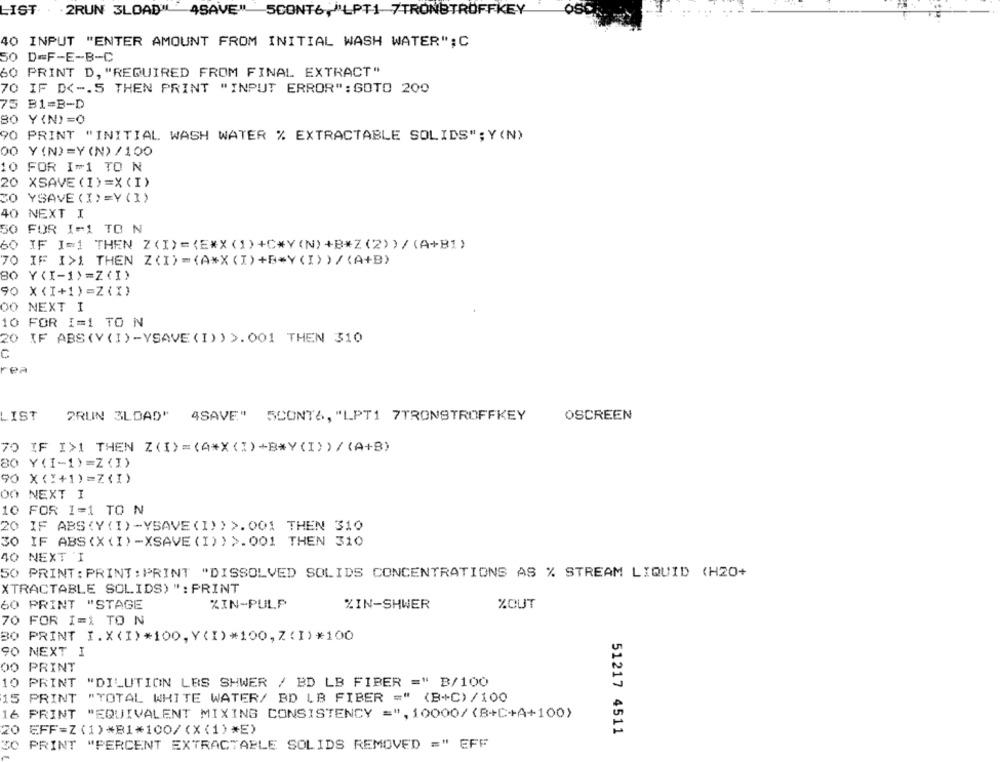
LIST . . 2RUN 3LOAD" 4SAVE" 5CONT6,"LPT1 7TRONBTROFFKEY
40 INPUT "ENTER AMOUNT FROM INITIAL WASH WATER";C
50 D=F-E-B-C
60 PRINT D, "REQUIRED FROM FINAL EXTRACT"
70 IF D <-. S THEN PRINT "INPUT ERROR": GOTO 200
75 B1=B-D
80 Y(N)=0
90 PRINT "INITIAL WASH WATER % EXTRACTABLE SOLIDS"; Y(N)
00 Y(N)=Y(N) /100
10 FOR I=1 TO N
20 XSAVE ( I)=X (I)
30 YSAVE ( I) =Y (I)
40 NEXT I
50 FOR I=1 TO N
60 IF I=1 THEN Z(I) =< E*X(1)+C*Y(N)+B*Z(2))/(A+B1)
70 IF I>1 THEN Z(I)=(A*X(I)+B=Y(I))/(A+B)
80 Y(I-1)=Z(I)
90 X (I+1)=Z (I)
00
NEXT I
10 FOR I=1 TO N
20 IF ABS(Y(I)-YSAVE(I))>.001 THEN 310
C
rea
LIST
2RUN 3LDAD" 4SAVE" 5CONTA, "LPT1 7TRONSTROFFKEY
OSCREEN
70 IF I>1 THEN Z ( I) = (4*X (I) +B*Y(I) ) / (A+B)
80 Y(I-1)=Z(I)
90 X("+1)=Z(I)
00 NEXT I
10 FOR I=1 TO N
20 IF ABS (Y (I)-YSAVE (I)>>.001 THEN 310
30 IF ABS(X (I)-XSAVE (I))>.001 THEN 310
40 NEXT I
50 PRINT : PRINT : PRINT "DISSOLVED SOLIDS CONCENTRATIONS AS % STREAM LIQUID (H2O+
XTRACTABLE SOLIDS) ": PRINT
60 PRINT "STAGE
XIN-PULP
%IN-SHWER
%OUT
70 FOR I=1 TO N
30 PRINT I.X(I)*100,Y(I)*100,Z(I)*100
90 NEXT I
00 PRINT
10 PRINT "DILUTION LES SHWER / BD LB FIBER =" B/100
15 PRINT "TOTAL WHITE WATER/ BD LB FIBER =" (B+C) /100
16 PRINT "EQUIVALENT MIXING CONSISTENCY =", 10000/ (B+C+A+100)
20 EFF=Z(1)*B1*100/(X(1)*E)
51217 4511
30 PRINT "PERCENT EXTRACTABLE SOLIDS REMOVED =" EFF